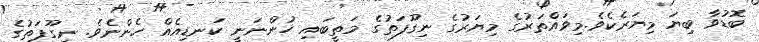
ބޮޑުވާ ބިޔަ މިޔަރެކެވެ.މިވައްތަރުގެ މިޔަރުގެ ނިގޫފަތުގެ މަތީބައި ހުންނަނީ ކަނޑިއެއް ހެންނެވެ. ނިގޫފަތުގެ